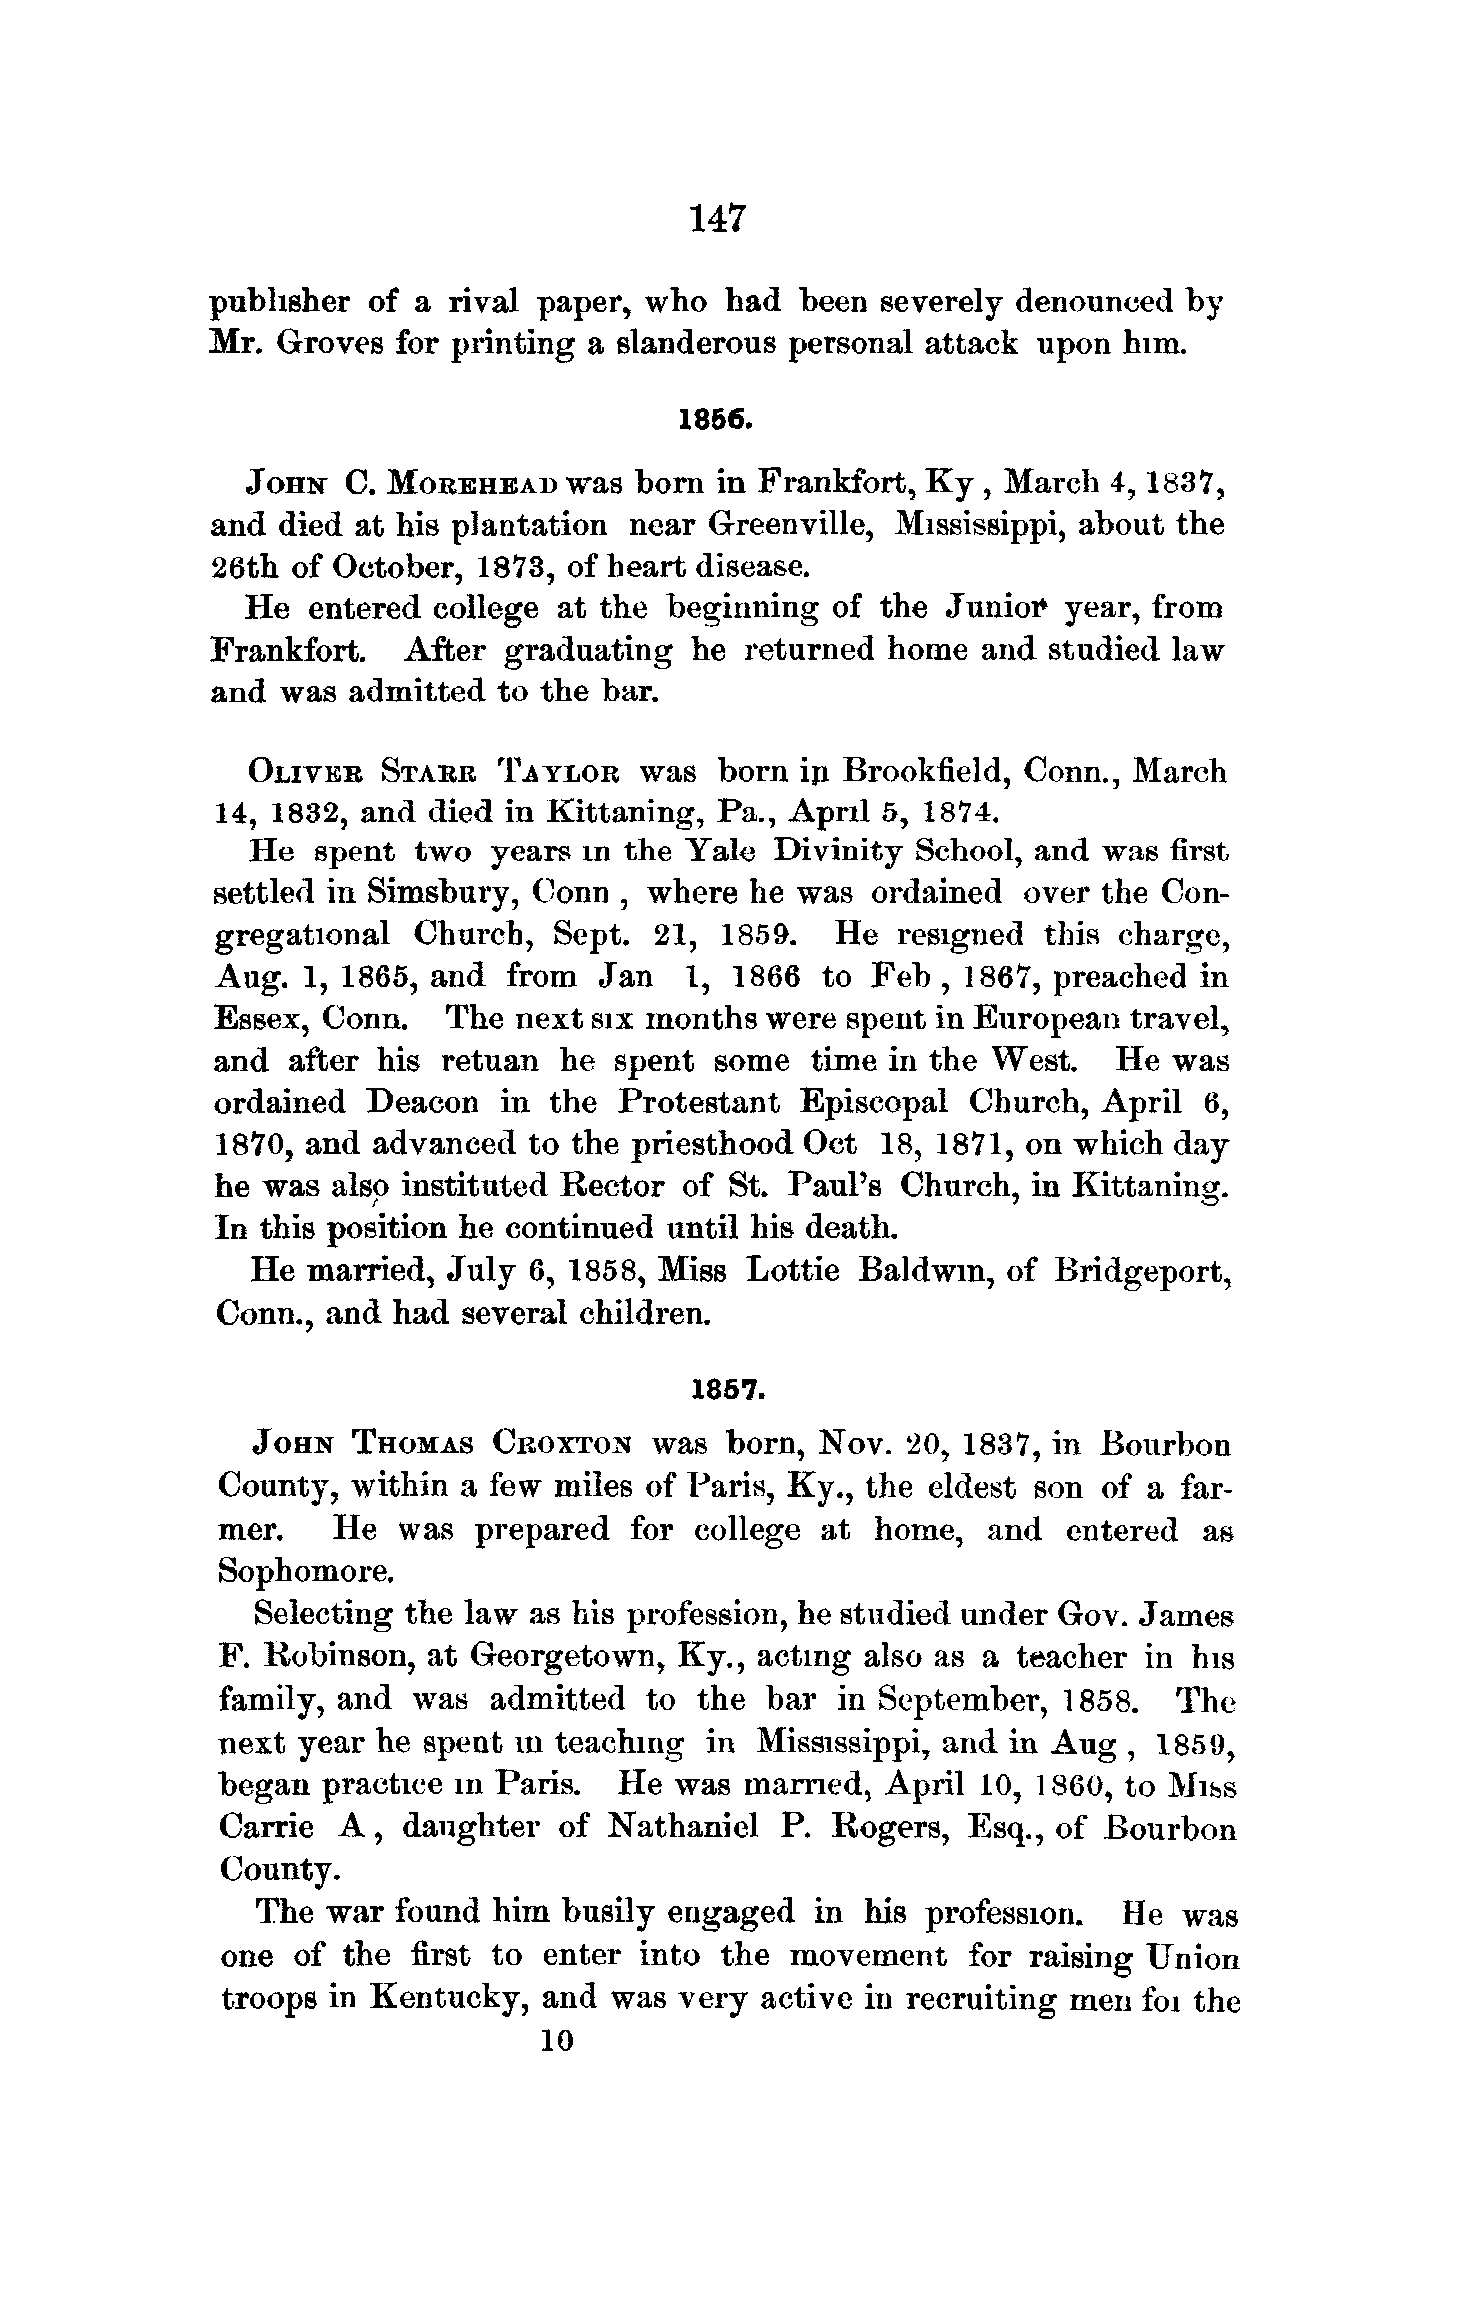
147
 publisher of a  rival paper, who  had  been severely denounced  by
 Mr. Groves  for printing a slanderous personal attack upon  him.
 1856.
 JOHN   C. MOREHEAD   was  born in Frankfort, Ky , March  4,183 V,
 and died at his plantation near Greenville,  Mississippi, about the
 26th of October,  1873, of heart disease.
 He  entered  college at the beginning  of the Junior^ year, from
 Frankfort.   After graduating   he returned home   and studied law
 and was  admitted  to the bar.
 OLIVER   STARR   TAYLOR   was  born  in Brookfield, Conn., March
 14, 1832, and died in Kittaning, Pa., April 5, 1874.
 He   spent two  years in the Yale  Divinity School, and was  first
 settled in Simsbury, Conn  , where he was  ordained  over  the Con-
 gregational  Church,   Sept. 21, 1859.   He  resigned  this charge,
 Aug.  1, 1865, and from   Jan  1, 1866  to Feb  , 1867, preached in
 Essex, Conn.   The  next six months were  spent in European travel,
 and  after his retuan  he spent  some  time in the West.   He  was
 ordained  Deacon   in the  Protestant Episcopal   Church, April  6,
 1870, and  advanced  to the priesthood Oct  18, 1871, on which day
 he was  also instituted Rector of St. Paul's Church,  in Kittaning.
 In this position he continued until his death.
 He married, July  6, 1858, Miss Lottie Baldwin,  of Bridgeport,
 Conn.,  and had several children.
 1857.
 4
 JOHN  THOMAS   CEOXTON    was  born, Nov.  20, 1837, in Bourbon
 County,  within a few  miles of Paris, Ky., the eldest son of a far-
 mer.    He  was  prepared  for  college at home,   and  entered  as
 Sophomore.
 Selecting the law as his profession, he studied under Gov. James
 F. Robinson,  at Georgetown,  Ky.,  acting also as a teacher in his
 family, and  was  admitted  to  the bar  in September,  1858.  The
 next  year he spent in teaching in  Mississippi, and in Aug , 1859,
 began  practice in Paris.  He was  married, April 10, 1860, to Mibs
 Carrie A,  daughter  of  Nathaniel  P. Rogers,  Esq., of Bourbon
 County.
 The war  found him  busily engaged   in his profession.  He  was
 one of  the first to enter into the  movement    for raising Union
 troops in Kentucky,  and was  very active in recruiting men foi the
 10